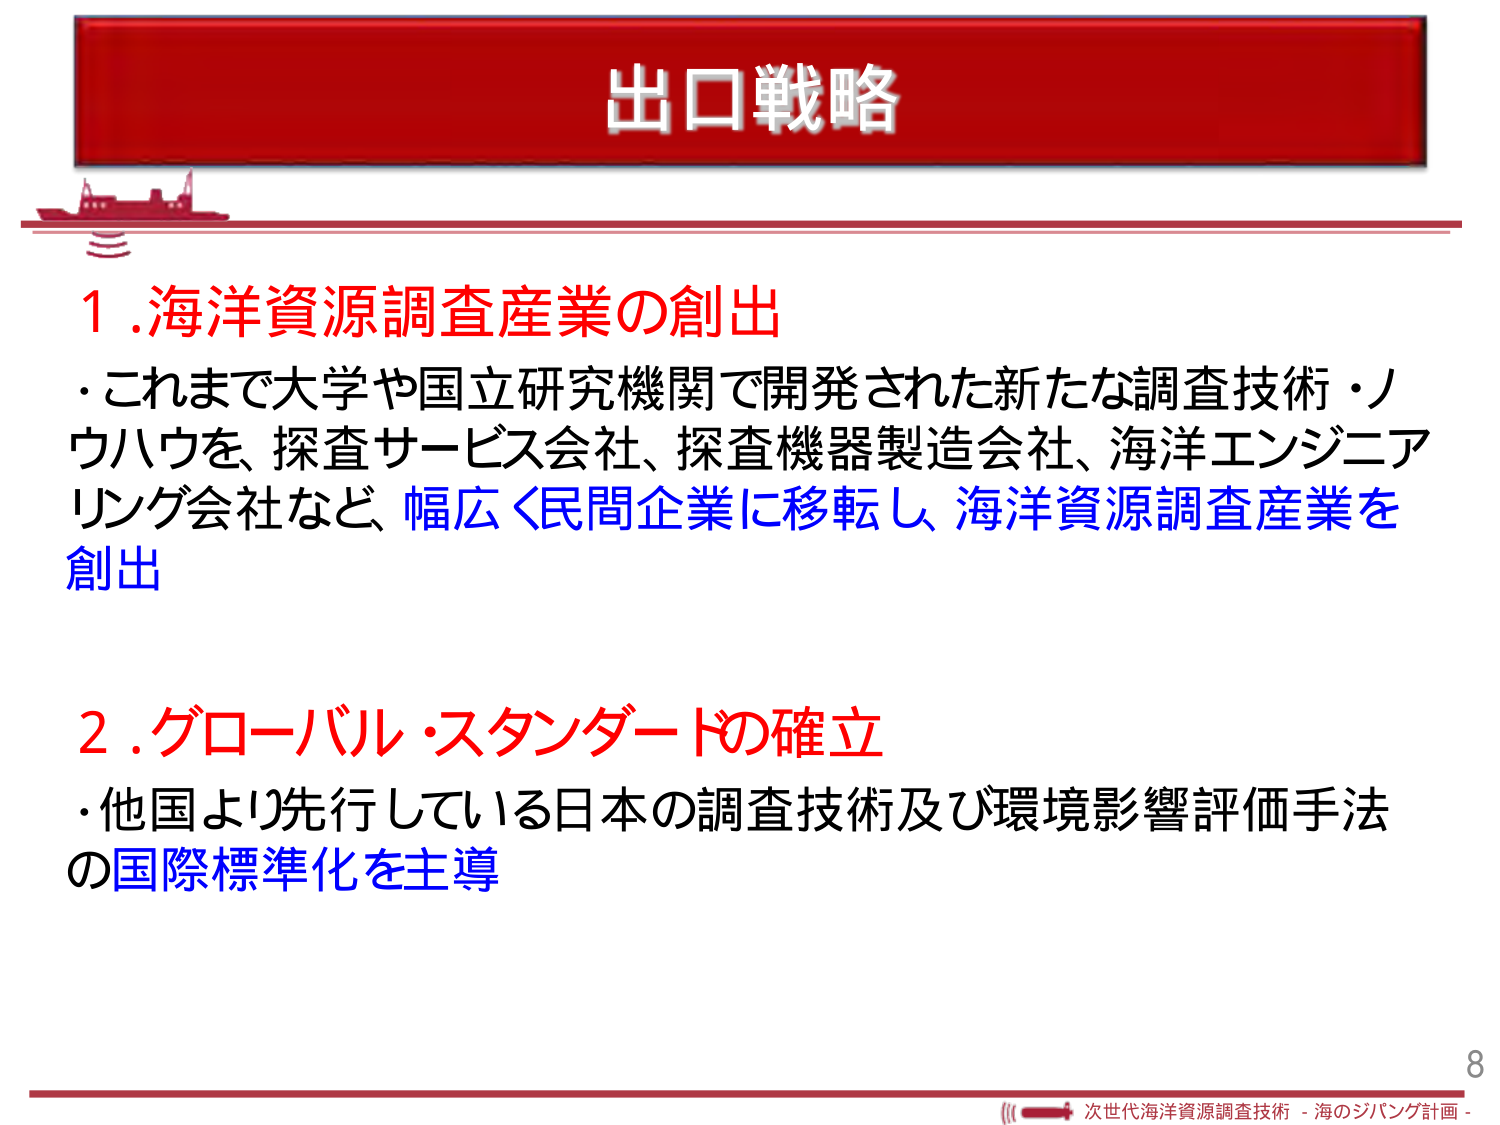
出口戦略

1. 海洋資源調査産業の創出
・これまで大学や国立研究機関で開発された新たな調査技術・ノウハウを、探査サービス会社、探査機器製造会社、海洋エンジニアリング会社など、幅広く民間企業に移転し、海洋資源調査産業を創出

2. グローバル・スタンダードの確立
・他国より先行している日本の調査技術及び環境影響評価手法の国際標準化を主導

8
次世代海洋資源調査技術 - 海のジパング計画 -